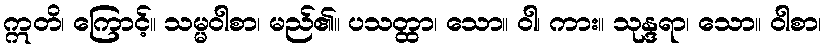
ဣတိ၊ ကြောင့်။ သမ္မဝါစာ၊ မည်၏။ ပသတ္ထာ၊ သော။ ဝါ၊ ကား။ သုန္ဒရာ၊ သော။ ဝါစာ၊